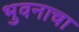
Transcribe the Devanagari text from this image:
भुवनाचा